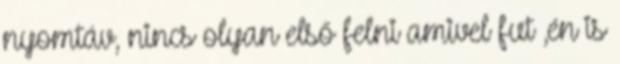
nyomtáv, nincs olyan első felni amivel fut ,én is